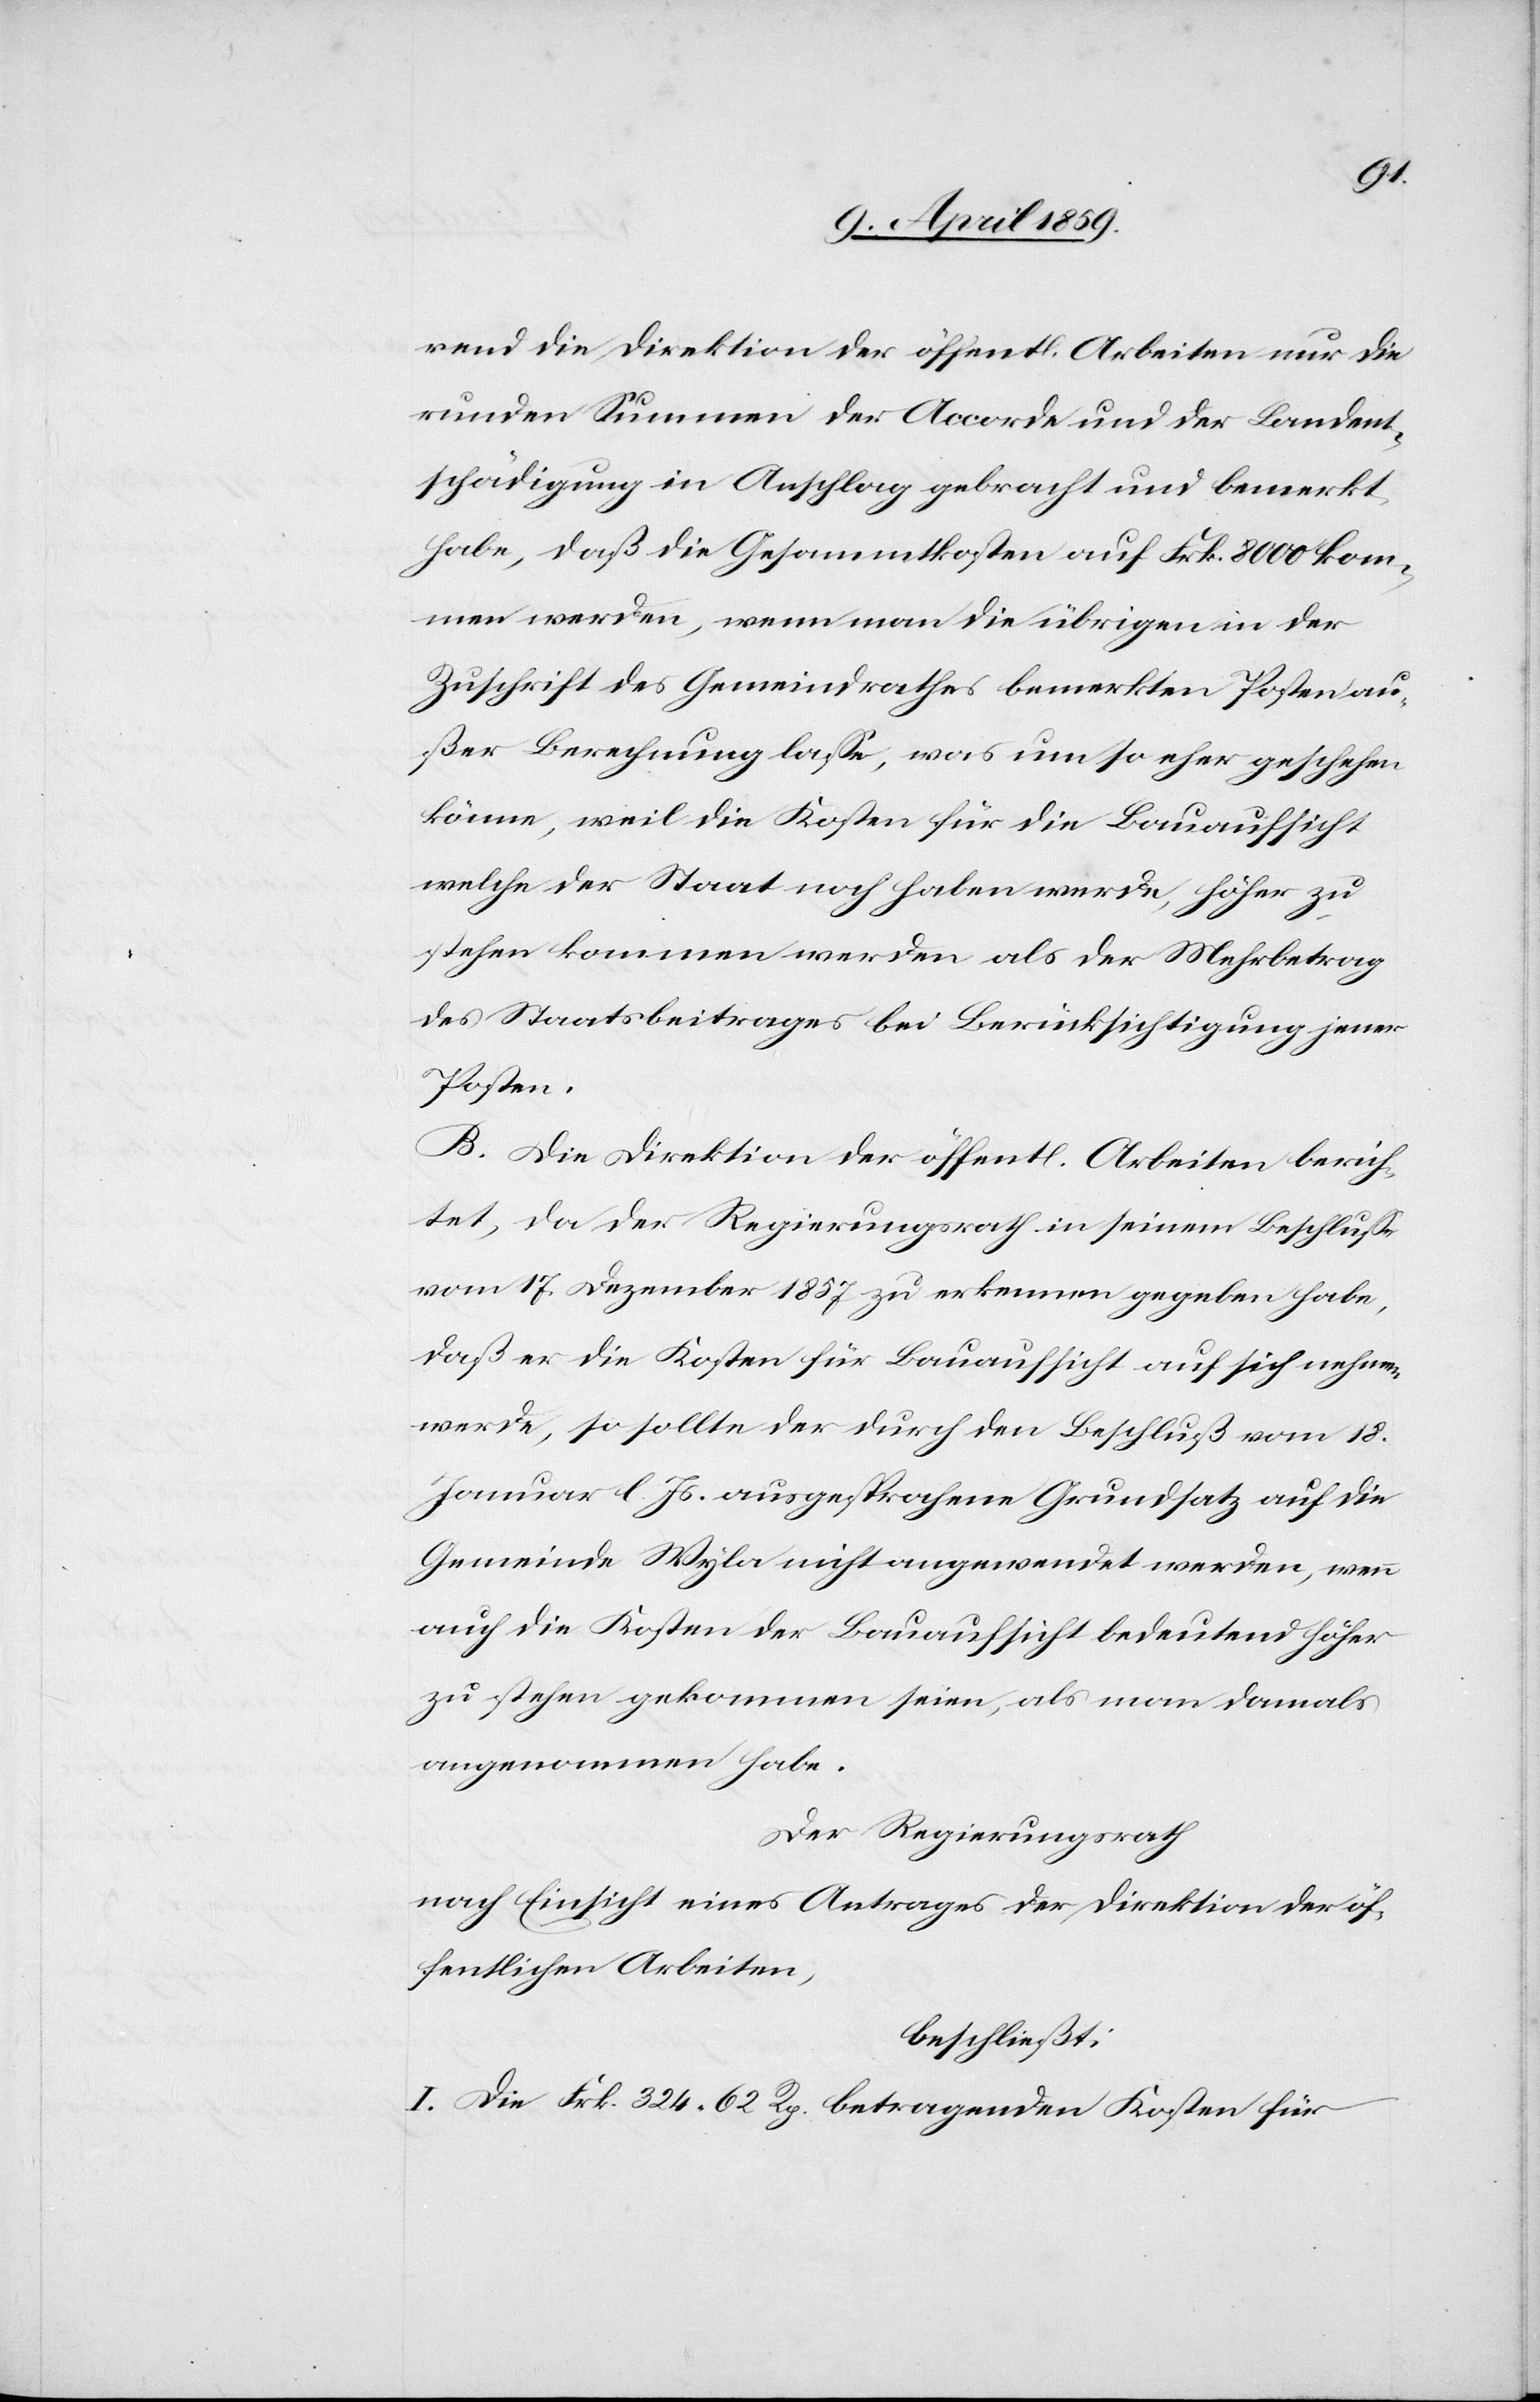
rend die Direktion der öffentlichen Arbeiten nur die
runden Summen der Accorde und der Landent¬
schädigung in Anschlag gebracht und bemerkt
habe, daß die Gesammtkosten auf Frk. 8000 kom¬
men werden, wenn man die übrigen in der
Zuschrift des Gemeindrathes bemerkten Posten au¬
ßer Berechnung laße, was um so eher geschehen
könne, weil die Kosten für die Bauaufsicht
welche der Staat noch haben werde, höher zu
stehen kommen werden als der Mehrbetrag
des Staatsbeitrages bei Berücksichtigung jener
Posten.
B. Die Direktion der öffentlichen Arbeiten berich¬
tet, da der Regierungsrath in seinem Beschluße
vom 17. Dezember 1857 zu erkennen gegeben habe,
daß er die Kosten für Bauaufsicht auf sich nehmen
werde, so sollte der durch den Beschluß vom 18.
Januar l. Js. ausgesprochene Grundsatz auf die
Gemeinde Wyla nicht angewendet werden, wenn
auch die Kosten der Bauaufsicht bedeutend höher
zu stehen gekommen seien, als man damals
angenommen habe.
Der Regierungsrath
nach Einsicht eines Antrages der Direktion der öf¬
fentlichen Arbeiten,
beschließt:
I. Die Frk. 324 62 Rp. betragenden Kosten für